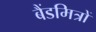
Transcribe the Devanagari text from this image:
बैंडमित्रों